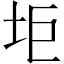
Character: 𱖑